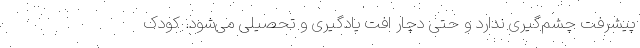
پیشرفت چشم‌گیری ندارد و حتی دچار افت یادگیری و تحصیلی می‌شود. کودک